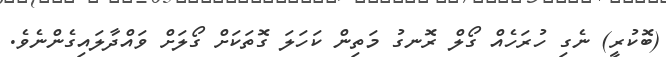
(ބޮކުރީ) ނެގި ހުރަހެއް ގޯލް ރޮނގު މަތިން ކަހަލަ ގޮތަކަށް ގޯލަށް ވައްދާލައިގެންނެވެ.